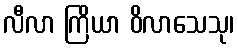
လီလာ ကြိယာ ဝိလာသေသု၊